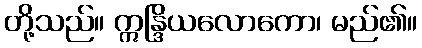
တို့သည်။ ဣန္ဒြိယလောကော၊ မည်၏။